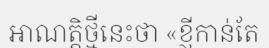
អាណត្តិថ្មីនេះថា «ខ្ញីកាន់តែ